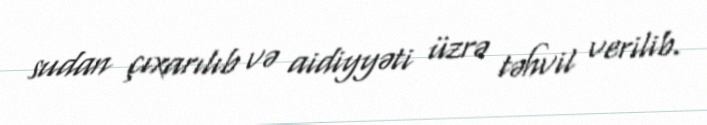
sudan çıxarılıb və aidiyyəti üzrə təhvil verilib.